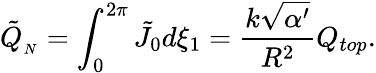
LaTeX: \tilde{Q}_{_{N}}=\int_{0}^{2\pi}\tilde{J}_{0}d\xi_{1}=\frac{k\sqrt{\alpha^{\prime}}}{R^{2}}Q_{top}.